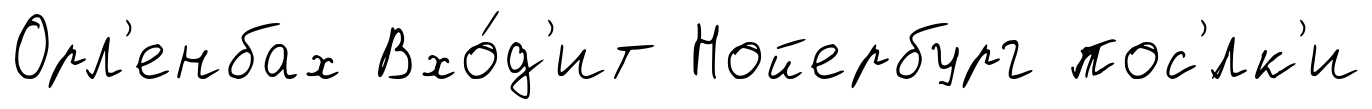
Орл'енбах Вхо́д'ит Нойербург пос'́лк'и